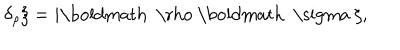
LaTeX: \delta _ { \rho } \xi = i \mathrm { \boldmath ~ \ r h o ~ } \mathrm { \boldmath ~ \ s i g m a ~ } \xi ,